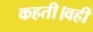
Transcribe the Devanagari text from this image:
कहती।वहीं